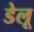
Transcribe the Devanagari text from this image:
डेलू